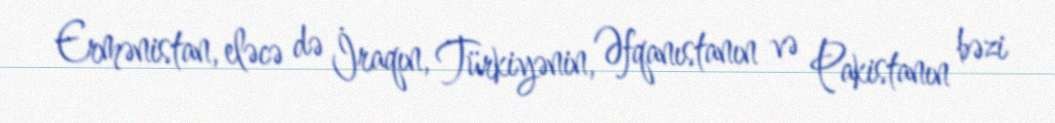
Ermənistan, eləcə də İraqın, Türkiyənin, Əfqanıstanın və Pakistanın bəzi